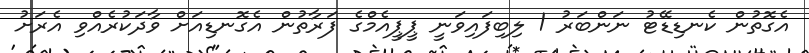
އެގޮތުން ކެނޑިޑޭޓު ނަންބަރު 1 ލިބިފައިވަނީ ޕީޕީއެމްގެ ފަރާތުން އެގޮނޑިއަށް ވާދަކުރެއްވި އެރަށު